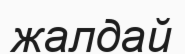
жалдай